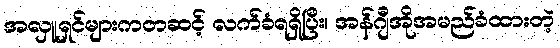
အလှူရှင်များကတဆင့် လက်ခံရရှိပြီး၊ အန်ဂျီအိုအမည်ခံထားတဲ့